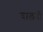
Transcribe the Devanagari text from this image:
चालवी